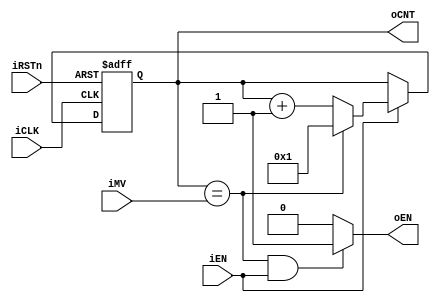
module COUNTER_LAB_ACC(iCLK,
                       iRSTn,
                       iEN,
                       iMV,
                       oEN,
                       oCNT);
    
    parameter WL = 4;
    
    input iCLK,iRSTn,iEN;
    input [WL-1:0] iMV;
    output [WL-1:0] oCNT;
    output oEN;
    
    reg [WL-1:0] oCNT;
    
    assign oEN = ((oCNT == iMV) && (iEN == 1'b1)) ? 1'b1 : 1'b0;
    
    always @(posedge iCLK or negedge iRSTn)
    begin
        if (~iRSTn)
        begin
            oCNT <= 0;
        end
        else if (iEN)
        begin
            if (oCNT == iMV)
            begin
                oCNT <= 1;
            end
			else
			begin
				oCNT <= oCNT +1;
			end
        end
        else
        begin
            oCNT <= oCNT;
        end
    end
endmodule